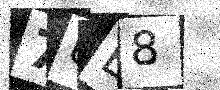
Text: 7UB8